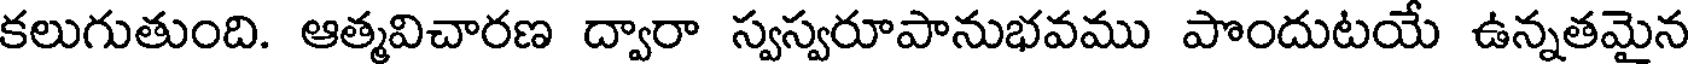
కలుగుతుంది. ఆత్మవిచారణ ద్వారా స్వస్వరూపానుభవము పొందుటయే ఉన్నతమైన